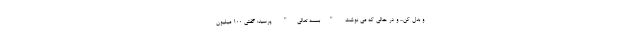
و بدل کن... و در حالی که می نوشت "بسمه تعالی" پرسید: گفتی 100 میلیون